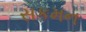
સકમન